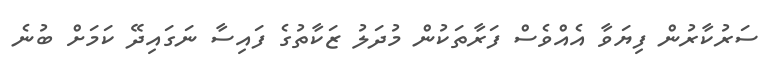
ސަރުކާރުން ފިޔަވާ އެއްވެސް ފަރާތަކުން މުދަލު ޒަކާތުގެ ފައިސާ ނަގައިދޭ ކަމަށް ބުނެ